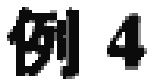
例 4